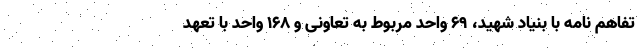
تفاهم نامه با بنیاد شهید، ۶۹ واحد مربوط به تعاونی و ۱۶۸ واحد با تعهد